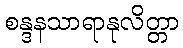
စန္ဒနသာရာနုလိတ္တာ